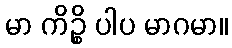
မာ ကိဉ္စိ ပါပ မာဂမာ။